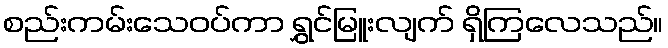
စည်းကမ်းသေဝပ်ကာ ရွှင်မြူးလျက် ရှိကြလေသည်။